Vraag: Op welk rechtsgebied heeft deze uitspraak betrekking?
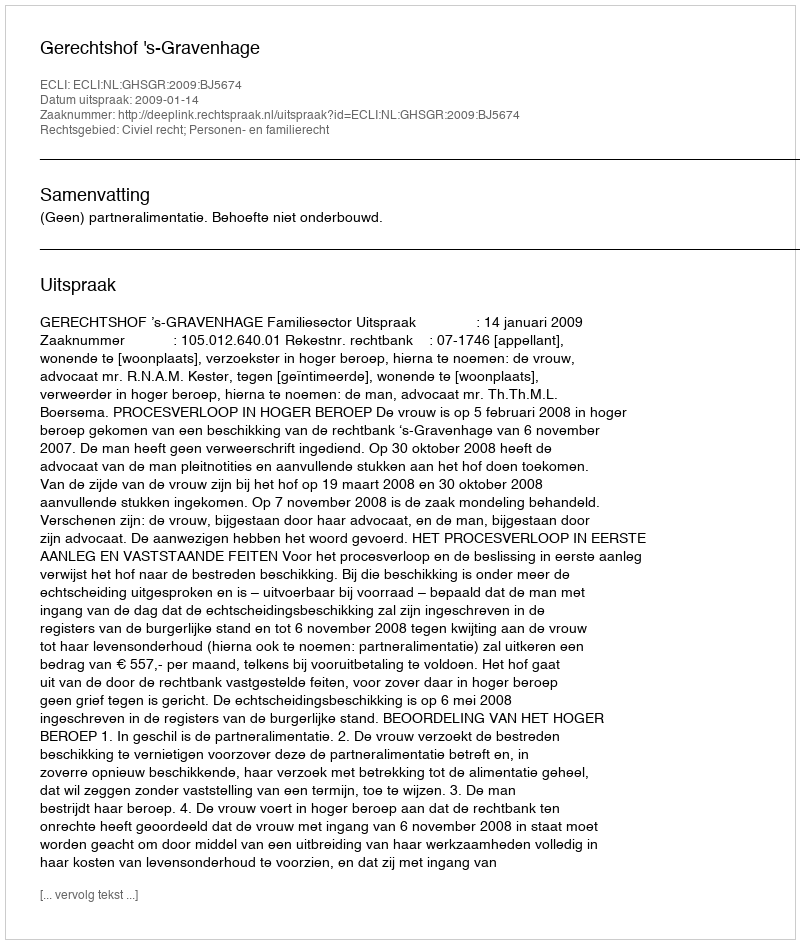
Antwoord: Civiel recht; Personen- en familierecht